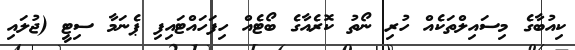
ކިއުބާގެ މިސައިލްތަކެއް ހުރި ނޯތު ކޮރެއާގެ ބޯޓެއް ހިފަހައްޓައިފި ޕެނަމާ ސިޓީ (ޖުލައި